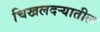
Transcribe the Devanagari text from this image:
चिखलदऱ्यातील